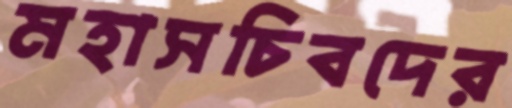
মহাসচিবদের